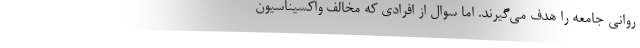
روانی جامعه را هدف می‌گیرند. اما سوال از افرادی که مخالف واکسیناسیون